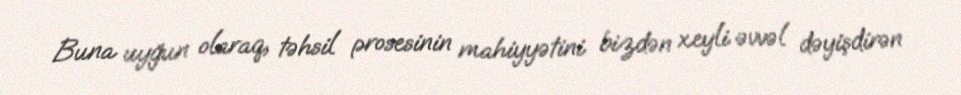
Buna uyğun olaraq, təhsil prosesinin mahiyyətini bizdən xeyli əvvəl dəyişdirən